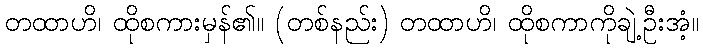
တထာဟိ၊ ထိုစကားမှန်၏။ (တစ်နည်း) တထာဟိ၊ ထိုစကာကိုချဲ့ဦးအံ့။